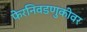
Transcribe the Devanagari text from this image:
फेरनिवडणुकीवर